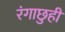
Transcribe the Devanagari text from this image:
रंगाछुही